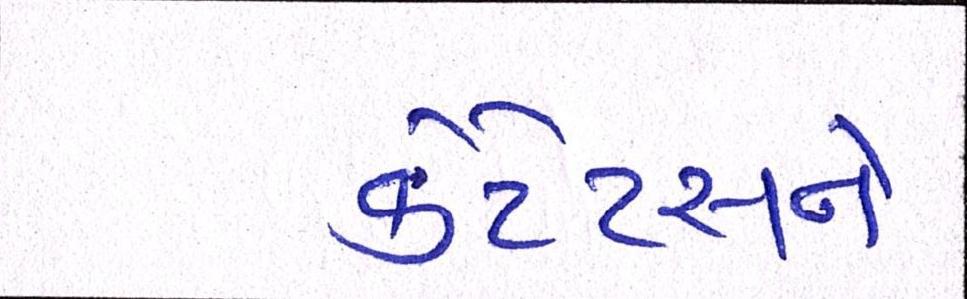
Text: કેટેટસને